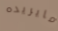
مايريده